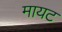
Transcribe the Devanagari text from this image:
मायट